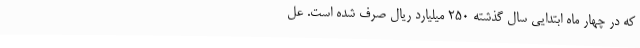
که در چهار ماه ابتدایی سال گذشته 250 میلیارد ریال صرف شده است. عل